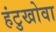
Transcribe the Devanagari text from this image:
हंटुखोवा